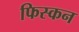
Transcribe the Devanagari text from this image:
फिस्कन